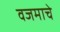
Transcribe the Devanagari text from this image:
वजमाचे